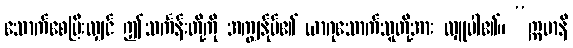
သောက်စေပြီးလျှင် ဤသင်္ကန်းတို့ကို အကျွန်ုပ်၏ ယာဂုသောက်သူတို့အား လှူပါ၏။ “ဣမာနိ